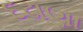
દઢાણા